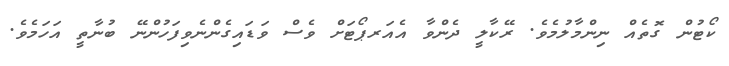
ކޯޓުން ގޮތެއް ނިންމާލުމެވެ. ރޭކާލީ ދެންވާ އެއަރޕޯޓަށް ވެސް ވަޑައިގެންނެވިފަހުންނޭ ބުނާތީ އަހަމެވެ.